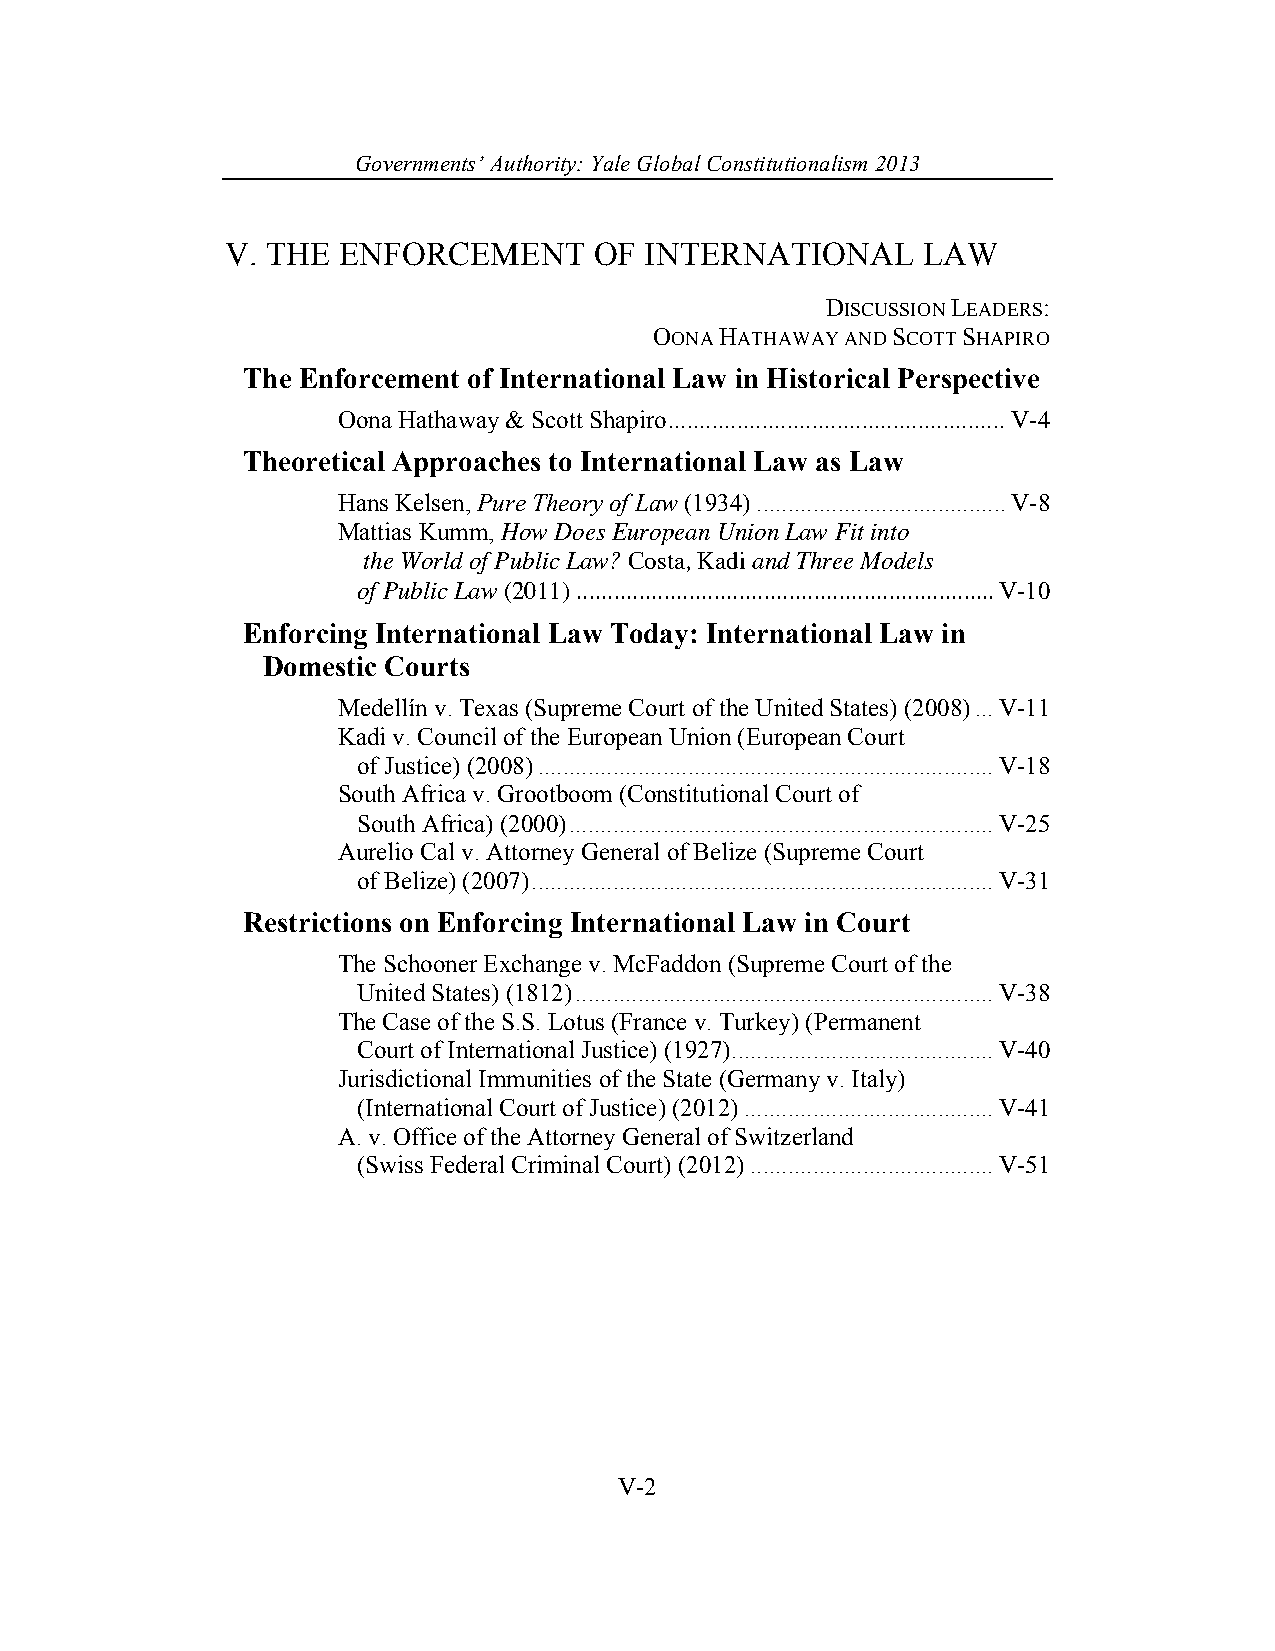
Governments’ Authority: Yale Global Constitutionalism 2013
 V. THE ENFORCEMENT      OF  INTERNATIONAL     LAW
 DISCUSSION LEADERS:
 OONA HATHAWAY AND SCOTT SHAPIRO
 The Enforcement of International Law in Historical Perspective
 Oona Hathaway & Scott Shapiro ...................................................... V-4
 Theoretical Approaches to International Law as Law
 Hans Kelsen, Pure Theory of Law (1934) ........................................ V-8
 Mattias Kumm, How Does European Union Law Fit into
 the World of Public Law? Costa, Kadi and Three Models
 of Public Law (2011) ................................................................... V-10
 Enforcing International Law Today: International Law in
 Domestic Courts
 Medellín v. Texas (Supreme Court of the United States) (2008) ... V-11
 Kadi v. Council of the European Union (European Court
 of Justice) (2008) ......................................................................... V-18
 South Africa v. Grootboom (Constitutional Court of
 South Africa) (2000) .................................................................... V-25
 Aurelio Cal v. Attorney General of Belize (Supreme Court
 of Belize) (2007) .......................................................................... V-31
 Restrictions on Enforcing International Law in Court
 The Schooner Exchange v. McFaddon (Supreme Court of the
 United States) (1812) ................................................................... V-38
 The Case of the S.S. Lotus (France v. Turkey) (Permanent
 Court of International Justice) (1927) .......................................... V-40
 Jurisdictional Immunities of the State (Germany v. Italy)
 (International Court of Justice) (2012) ........................................ V-41
 A. v. Office of the Attorney General of Switzerland
 (Swiss Federal Criminal Court) (2012) ....................................... V-51
 V-2